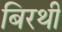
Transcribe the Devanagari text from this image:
बिरथी